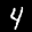
Label: 4